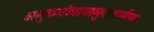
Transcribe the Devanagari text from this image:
अमुकगोत्रायामुकशर्मण्